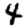
Digit: 4